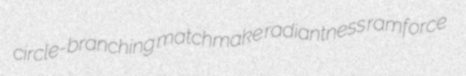
circle-branching matchmake radiantness ramforce